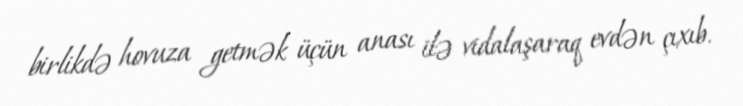
birlikdə hovuza getmək üçün anası ilə vidalaşaraq evdən çıxıb.